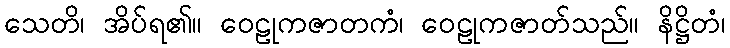
သေတိ၊ အိပ်ရ၏။ ဝေဠုကဇာတကံ၊ ဝေဠုကဇာတ်သည်။ နိဋ္ဌိတံ၊